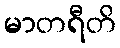
မာတရီတိ